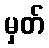
မှတ်